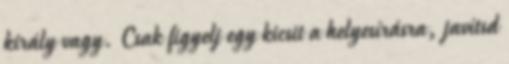
király vagy. Csak figyelj egy kicsit a helyesírásra, javítsd